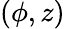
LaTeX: (\phi,z)